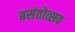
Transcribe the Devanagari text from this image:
बसंतोत्सव